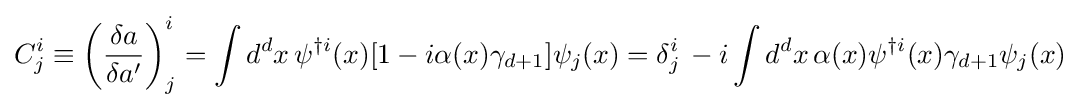
C_{j}^{i}\equiv \left({\frac {\delta a}{\delta a^{\prime }}}\right)_{j}^{i}=\int d^{d}x\,\psi ^{\dagger i}(x)[1-i\alpha (x)\gamma _{d+1}]\psi _{j}(x)=\delta _{j}^{i}\,-i\int d^{d}x\,\alpha (x)\psi ^{\dagger i}(x)\gamma _{d+1}\psi _{j}(x)